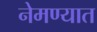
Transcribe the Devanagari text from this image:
नेमण्‍यात